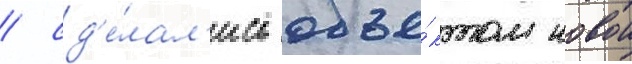
/ сд'е́лал'ись объе́ктом новои